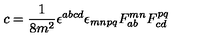
c = \frac { 1 } { 8 m ^ { 2 } } \epsilon ^ { a b c d } \epsilon _ { m n p q } F _ { a b } ^ { m n } F _ { c d } ^ { p q }